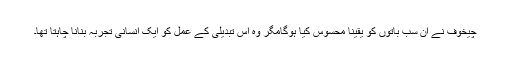
چیخوف نے ان سب باتوں کو یقیناََ محسوس کیا ہوگامگر وہ اس تبدیلی کے عمل کو ایک انسانی تجربہ بنانا چاہتا تھا۔